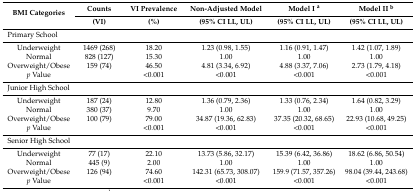
<table><thead><tr><td rowspan="2"><b>BMI Categories</b></td><td><b>Counts</b></td><td><b>VI Prevalence</b></td><td><b>Non-Adjusted Model</b></td><td><b>Model I <sup>a</sup></b></td><td><b>Model II <sup>b</sup></b></td></tr><tr><td><b>(VI)</b></td><td><b>(%)</b></td><td><b>(95% CI LL, UL)</b></td><td><b>(95% CI LL, UL)</b></td><td><b>(95% CI LL, UL)</b></td></tr></thead><tbody><tr><td colspan="6">Primary School</td></tr><tr><td>Underweight</td><td>1469 (268)</td><td>18.20</td><td>1.23 (0.98, 1.55)</td><td>1.16 (0.91, 1.47)</td><td>1.42 (1.07, 1.89)</td></tr><tr><td>Normal</td><td>828 (127)</td><td>15.30</td><td>1.00</td><td>1.00</td><td>1.00</td></tr><tr><td>Overweight/Obese</td><td>159 (74)</td><td>46.50</td><td>4.81 (3.34, 6.92)</td><td>4.88 (3.37, 7.06)</td><td>2.73 (1.79, 4.18)</td></tr><tr><td><i>p</i> Value</td><td></td><td>&lt;0.001</td><td>&lt;0.001</td><td>&lt;0.001</td><td>&lt;0.001</td></tr><tr><td colspan="6">Junior High School</td></tr><tr><td>Underweight</td><td>187 (24)</td><td>12.80</td><td>1.36 (0.79, 2.36)</td><td>1.33 (0.76, 2.34)</td><td>1.64 (0.82, 3.29)</td></tr><tr><td>Normal</td><td>380 (37)</td><td>9.70</td><td>1.00</td><td>1.00</td><td>1.00</td></tr><tr><td>Overweight/Obese</td><td>100 (79)</td><td>79.00</td><td>34.87 (19.36, 62.83)</td><td>37.35 (20.32, 68.65)</td><td>22.93 (10.68, 49.25)</td></tr><tr><td><i>p</i> Value</td><td></td><td>&lt;0.001</td><td>&lt;0.001</td><td>&lt;0.001</td><td>&lt;0.001</td></tr><tr><td colspan="6">Senior High School</td></tr><tr><td>Underweight</td><td>77 (17)</td><td>22.10</td><td>13.73 (5.86, 32.17)</td><td>15.39 (6.42, 36.86)</td><td>18.62 (6.86, 50.54)</td></tr><tr><td>Normal</td><td>445 (9)</td><td>2.00</td><td>1.00</td><td>1.00</td><td>1.00</td></tr><tr><td>Overweight/Obese</td><td>126 (94)</td><td>74.60</td><td>142.31 (65.73, 308.07)</td><td>159.9 (71.57, 357.26)</td><td>98.04 (39.44, 243.68)</td></tr><tr><td><i>p</i> Value</td><td></td><td>&lt;0.001</td><td>&lt;0.001</td><td>&lt;0.001</td><td>&lt;0.001</td></tr></tbody></table>